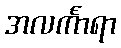
အလင်္ကာရာ